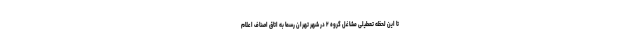
تا این لحظه تعطیلی مشاغل گروه ۲ در شهر تهران رسماً به اتاق اصناف اعلام